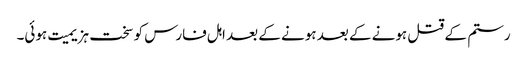
رستم کے قتل ہونے کے بعد ہونے کے بعد اہل فارس کو سخت ہزیمیت ہوئی۔